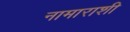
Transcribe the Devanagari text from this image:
नामाराशी